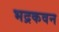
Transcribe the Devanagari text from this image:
भद्रकवन